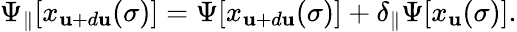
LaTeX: \Psi_{\parallel}[x_{\mathbf{u}+d\mathbf{u}}(\sigma)]=\Psi[x_{\mathbf{u}+d\mathbf{u}}(\sigma)]+\delta_{\parallel}\Psi[x_{\mathbf{u}}(\sigma)].